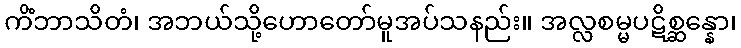
ကိံဘာသိတံ၊ အဘယ်သို့ဟောတော်မူအပ်သနည်း။ အလ္လစမ္မပဋိစ္ဆန္နော၊